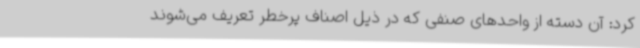
کرد: آن دسته از واحدهای صنفی که در ذیل اصناف پرخطر تعریف می‌شوند